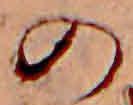
の